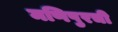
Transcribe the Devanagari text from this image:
मणिपुरची